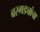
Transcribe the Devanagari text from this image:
बरगड्यांचा